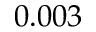
0 . 0 0 3